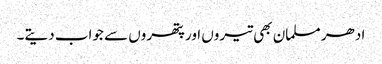
ادھر مسلمان بھی تیروں اور پتھروں سے جواب دیتے۔